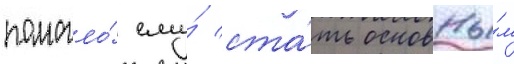
помогло́ ему́ ста́ть основны́м